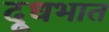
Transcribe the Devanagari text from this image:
दूधभात